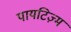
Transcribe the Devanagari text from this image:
पायटिज़्म